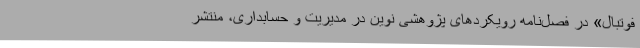
فوتبال» در فصل‌نامه رویکردهای پژوهشی نوین در مدیریت و حسابداری، منتشر